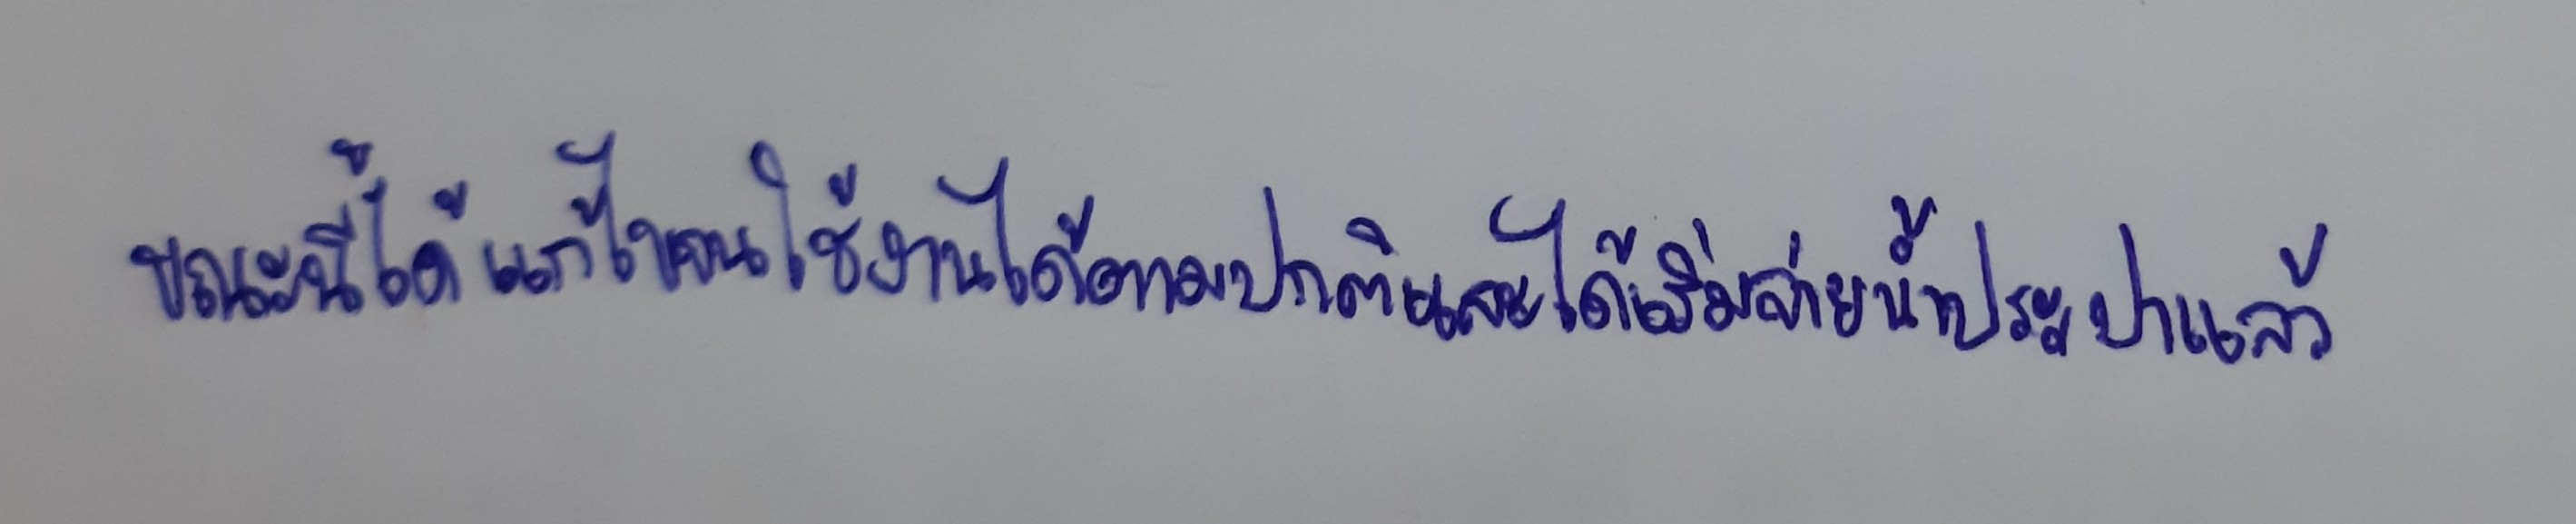
ขณะนี้ได้แก้ไขจนใช้การได้ตามปกติและได้เริ่มจ่ายน้ำประปาแล้ว